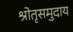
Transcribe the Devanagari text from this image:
श्रोतृसमुदाय